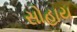
સોહાય